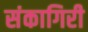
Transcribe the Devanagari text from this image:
संकागिरी